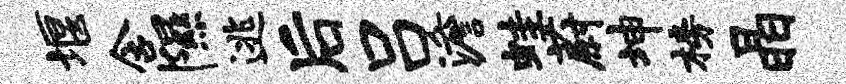
堰含隰逃后吕澹蛙蔚坤榜晶